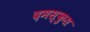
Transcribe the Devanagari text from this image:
दमस्कुस